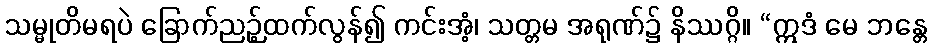
သမ္မုတိမရပဲ ခြောက်ညဉ့်ထက်လွန်၍ ကင်းအံ့၊ သတ္တမ အရုဏ်၌ နိဿဂ္ဂိ။ “ဣဒံ မေ ဘန္တေ